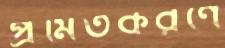
প্রমিতকরণে